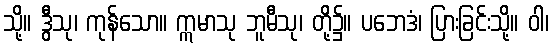
သို့။ ဒွီသု၊ ကုန်သော။ ဣမာသု ဘူမီသု၊ တို့၌။ ပဘေဒံ၊ ပြားခြင်းသို့။ ဝါ၊